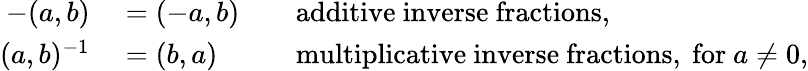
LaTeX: \begin{array}{rlrl}{-(a,b)}&{{}=(-a,b)}&{}&{{}{\mathrm{additive~inverse~fractions,}}}\\ {(a,b)^{-1}}&{{}=(b,a)}&{}&{{}{\mathrm{multiplicative~inverse~fractions,~for~}}a\neq 0,}\end{array}